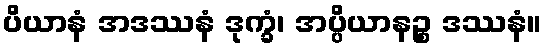
ပိယာနံ အဒဿနံ ဒုက္ခံ၊ အပ္ပိယာနဉ္စ ဒဿနံ။